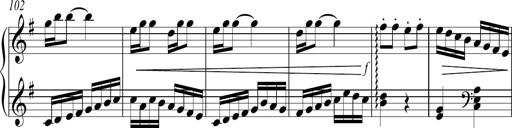
Title: Sonatina no. 2
Composer: Brian Henderson-Sellers
Key: G major